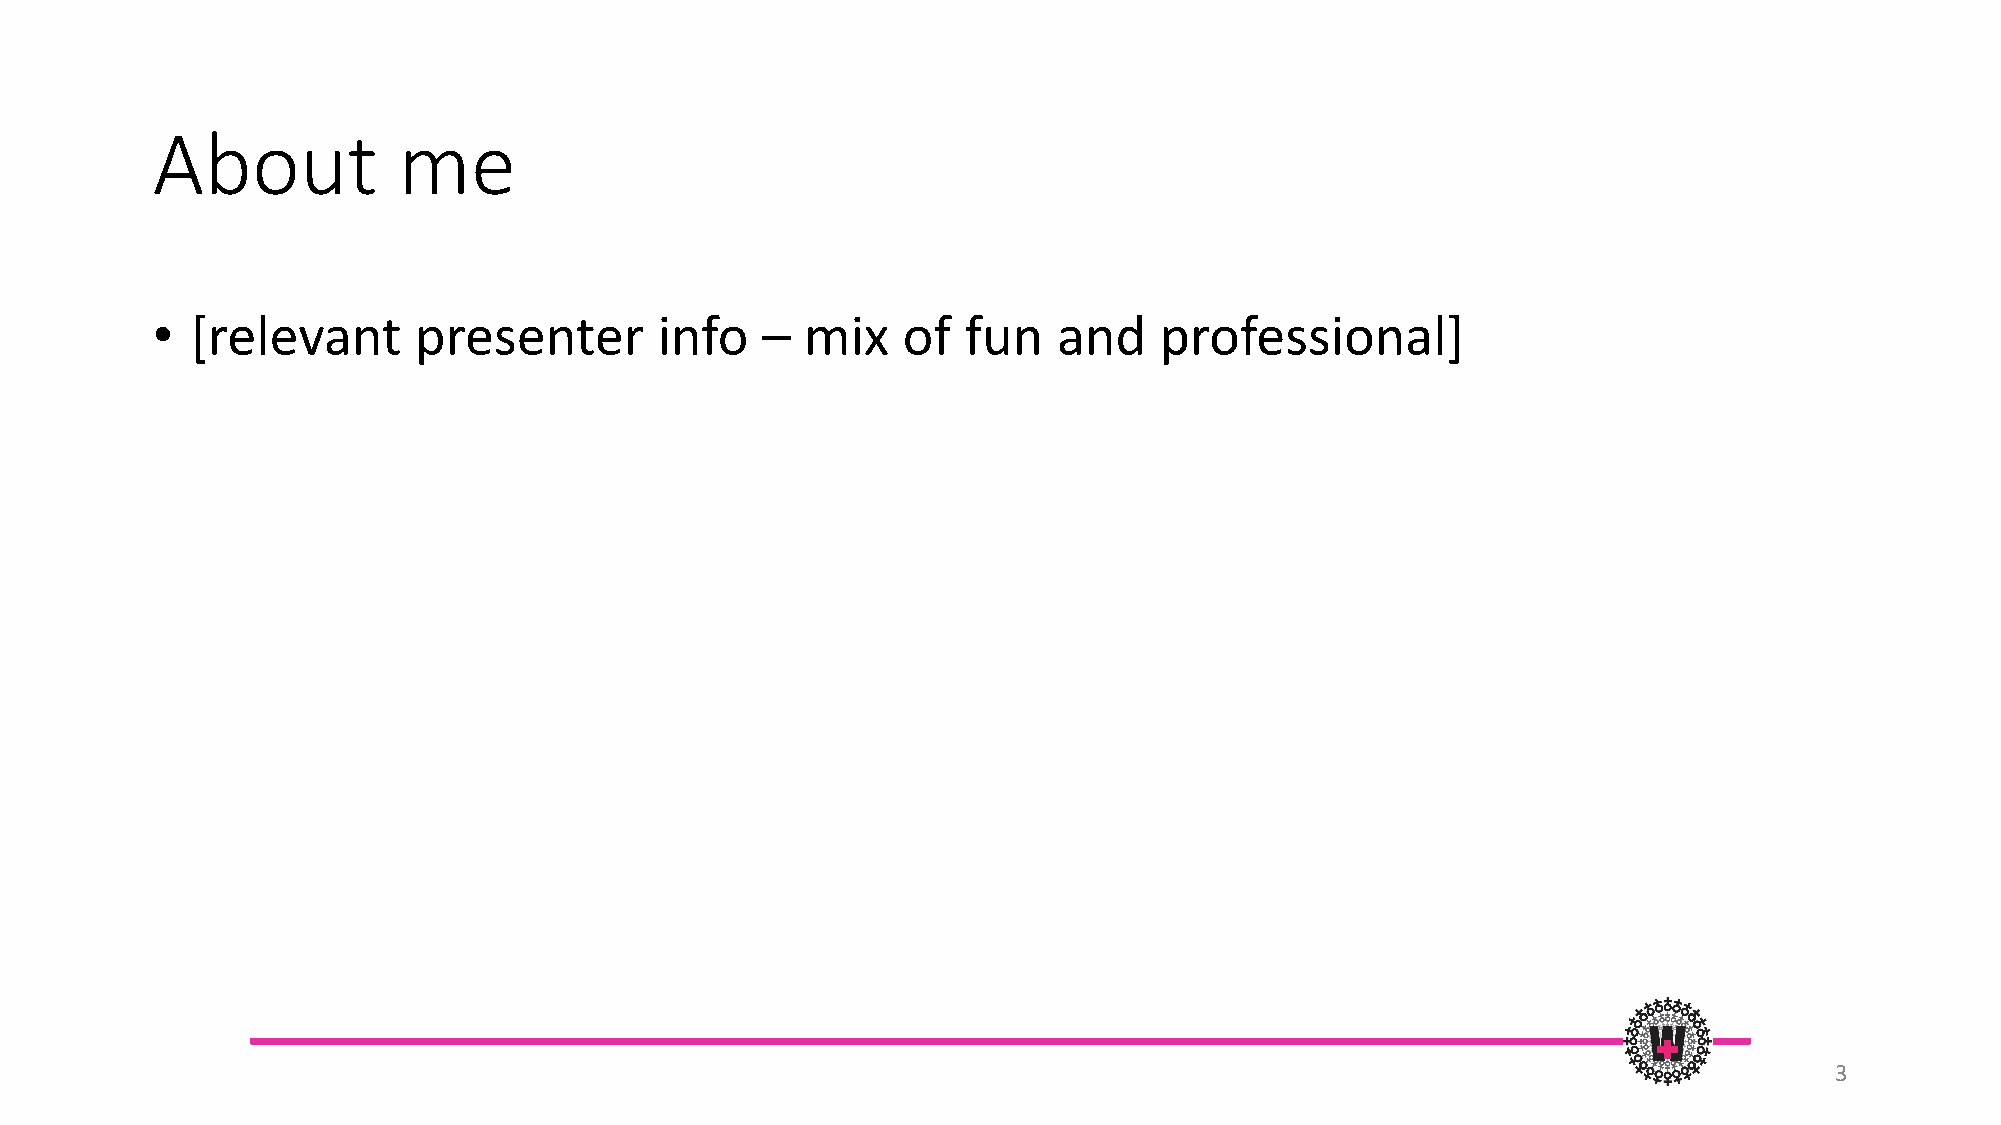
About           me
 •  [relevant     presenter        info  –  mix    of  fun   and    professional]
 3